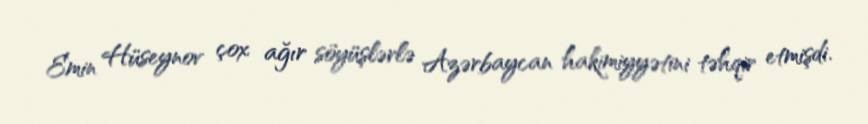
Emin Hüseynov çox ağır söyüşlərlə Azərbaycan hakimiyyətini təhqir etmişdi.